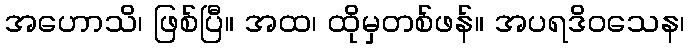
အဟောသိ၊ ဖြစ်ပြီ။ အထ၊ ထိုမှတစ်ဖန်။ အပရဒိဝသေန၊